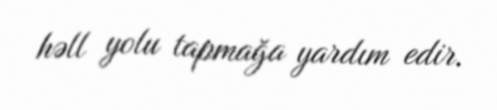
həll yolu tapmağa yardım edir.